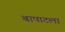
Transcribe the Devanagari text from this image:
बापाटला